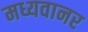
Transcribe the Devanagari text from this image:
मध्यवानर